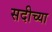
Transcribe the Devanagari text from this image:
सदीच्या